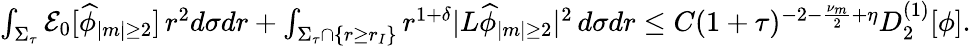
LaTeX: \begin{array}{r}{\int_{\Sigma_{\tau}}\mathcal{E}_{0}[\widehat{\phi}_{|m|\geq 2}]\, r^{2}d\sigma dr+\int_{\Sigma_{\tau}\cap\{ r\geq r_{I}\} }r^{1+\delta}|L\widehat{\phi}_{|m|\geq 2}|^{2}\, d\sigma dr\leq C(1+\tau)^{-2-\frac{\nu_{m}}{2}+\eta}D_{2}^{(1)}[\phi].}\end{array}